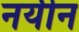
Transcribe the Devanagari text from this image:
नयीन